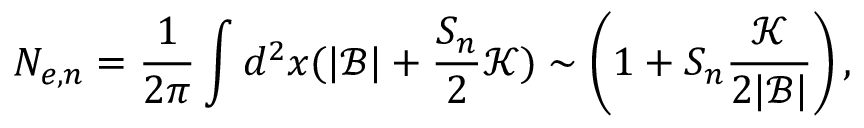
N _ { e , n } = \frac { 1 } { 2 \pi } \int d ^ { 2 } x ( | \mathcal { B } | + \frac { S _ { n } } { 2 } \mathcal { K } ) \sim \left( 1 + S _ { n } \frac { \mathcal { K } } { 2 | \mathcal { B } | } \right) ,